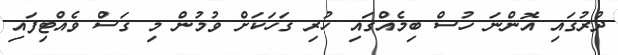
ދުރުގައި އޮންނަ ހުސް ބިމެއްގައި ހުރި ގަހަކަށް ވުމުން މި ގަސް ވެއްޓިފައި